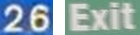
26 Exit